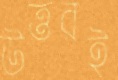
উত্তরই